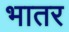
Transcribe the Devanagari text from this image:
भातर